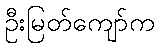
ဦးမြတ်ကျော်က